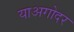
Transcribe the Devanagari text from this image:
याअगोदर